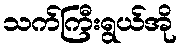
သက်ကြီးရွယ်အို